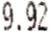
9.92